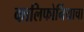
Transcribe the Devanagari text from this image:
कालिफोर्नियाचा